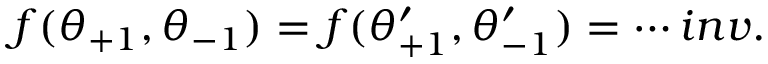
f ( \theta _ { + 1 } , \theta _ { - 1 } ) = f ( \theta _ { + 1 } ^ { \prime } , \theta _ { - 1 } ^ { \prime } ) = \cdots i n v .